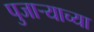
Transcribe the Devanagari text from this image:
पुजार्‍याच्या